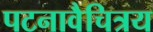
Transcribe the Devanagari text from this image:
पटनावैचित्रय